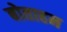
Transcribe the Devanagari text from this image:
बोताहन